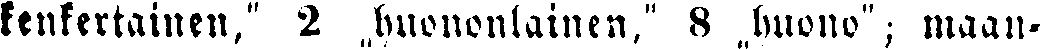
kenkertainen," 2 „huononlainen," 8 „huono"; maan-